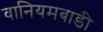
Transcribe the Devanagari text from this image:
वानियमबाडी